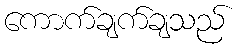
ကောက်ချက်ချသည်